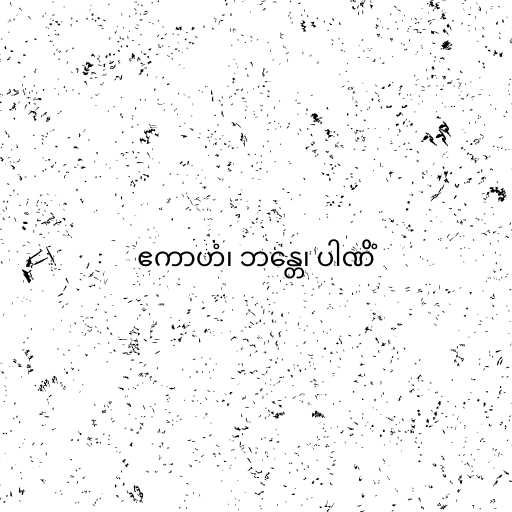
ဧကာဟံ၊ ဘန္တေ၊ ပါဏိံ